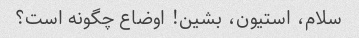
سلام، استیون، بشین! اوضاع چگونه است؟